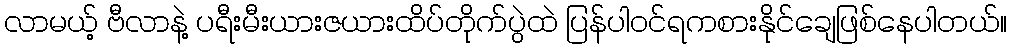
လာမယ့် ဗီလာနဲ့ ပရီးမီးယားဇယားထိပ်တိုက်ပွဲထဲ ပြန်ပါဝင်ရကစားနိုင်ချေဖြစ်နေပါတယ်။